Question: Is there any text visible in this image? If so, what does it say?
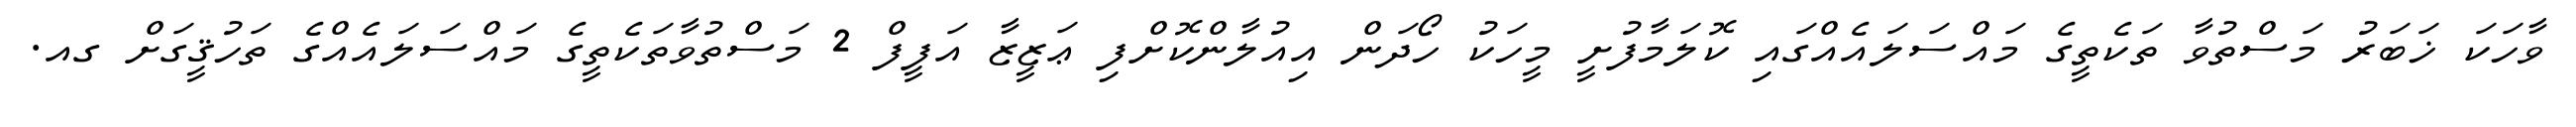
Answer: ވާހަކަ ޚަބަރު މަސްތުވާ ތަކެތީގެ މައްސަލައެއްގައި ކޮލަމާފުށީ މީހަކު ހޯދަން އިއުލާންކޮށްފި ޢަޒީޒާ އަފީފް 2 މަސްތުވާތަކެތީގެ މައްސަލައެއްގެ ތަހުޤީގަށް ގއ.